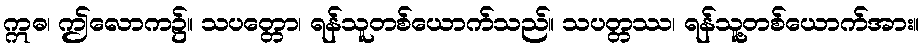
ဣဓ၊ ဤလောက၌။ သပတ္တော၊ ရန်သူတစ်ယောက်သည်။ သပတ္တဿ၊ ရန်သူ့တစ်ယောက်အား။